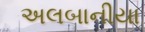
અલબાનીયા